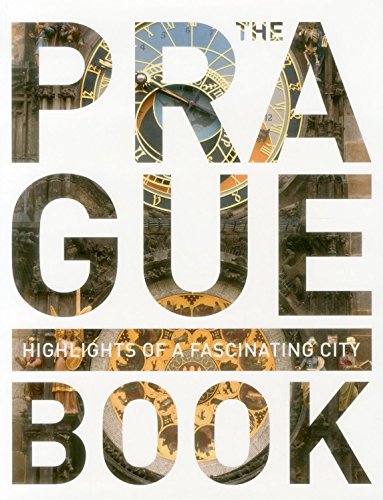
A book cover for The Prague Book: Highlights Of A Fascinating City (Monaco Books); Travel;